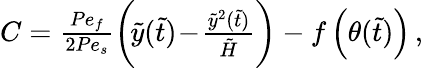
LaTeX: \begin{array}{r}{C=\frac{Pe_{f}}{2Pe_{s}}\bigg(\! \tilde{y}(\tilde{t})\! -\! \frac{\tilde{y}^{2}(\tilde{t})}{\tilde{H}}\bigg)-f\left(\theta(\tilde{t})\right)\, ,}\end{array}